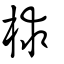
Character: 梂